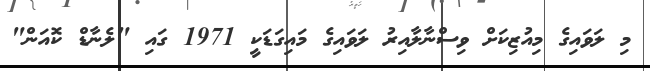
މި ލަވައިގެ މިއުޒިކަށް ވިސްނާލާއިރު ލަވައިގެ މައިގަޑަކީ 1971 ގައި "ލެނާޑް ކޮއަން"